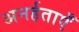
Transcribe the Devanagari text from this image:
अनर्हताएँ